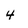
Character: 4